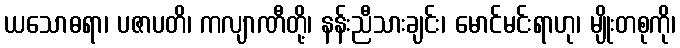
ယသောဓရာ၊ ပဇာပတိ၊ ကလျာဏီတို့၊ နန်းညီသားချင်း၊ မောင်မင်းရာဟု၊ မျိုးတစုကို၊